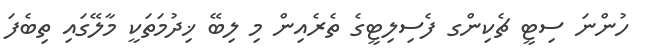
ހުންނަ ސިޓީ ޗެކިންގ ފެސިލިޓީގެ ތެރެއިން މި ލިބޭ ޚިދުމަތަކީ މާލޭގައި ތިބެފަ